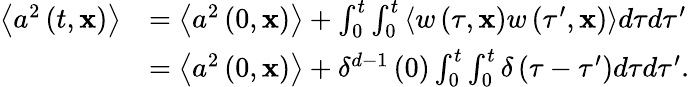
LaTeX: \begin{array}{rl}{\left\langle a^{2}\left(t,\mathbf{x}\right)\right\rangle}&{=\left\langle a^{2}\left(0,\mathbf{x}\right)\right\rangle+\int_{0}^{t}\int_{0}^{t}\left\langle w\left(\tau,\mathbf{x}\right)w\left(\tau^{\prime},\mathbf{x}\right)\right\rangle d\tau d\tau^{\prime}}\\ &{=\left\langle a^{2}\left(0,\mathbf{x}\right)\right\rangle+\delta^{d-1}\left(0\right)\int_{0}^{t}\int_{0}^{t}\delta\left(\tau-\tau^{\prime}\right)d\tau d\tau^{\prime}.}\end{array}